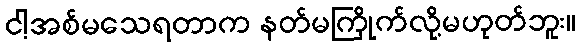
ငါ့အစ်မသေရတာက နတ်မကြိုက်လို့မဟုတ်ဘူး။